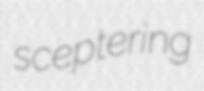
sceptering